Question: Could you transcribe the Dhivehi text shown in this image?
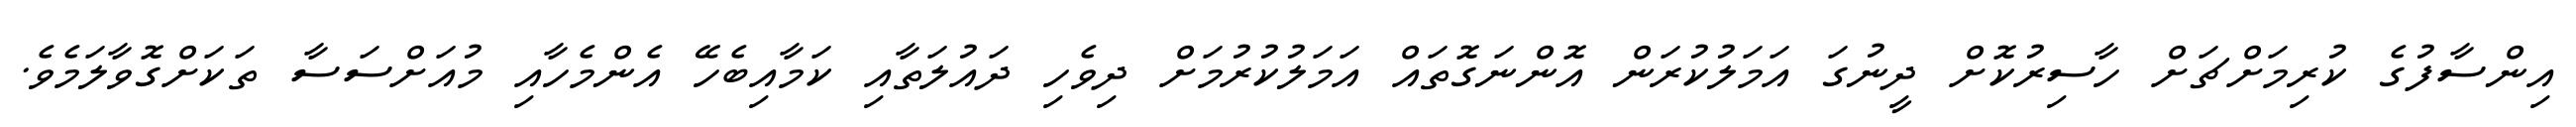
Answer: އިންސާފުގެ ކުރިމަށްޗަށް ހާސިރުކޮށް ދީނުގަ އަމަލުކުރަން އޮންނަގޮތައް އަމަލުކުރުމަށް ދިވެހި ދައުލަތާއި ކަމާއިބެހޭ އެންމެހާއި މުއަށްސަސާ ތަކަށްގޮވާލަމެވެ.